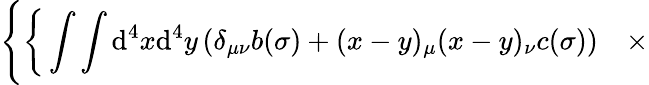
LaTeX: \Bigg\{ \bigg\{ \int\int\mathrm{d}^{4}x\mathrm{d}^{4}y\left(\delta_{\mu\nu}b(\sigma)+(x-y)_{\mu}(x-y)_{\nu}c(\sigma)\right)\quad\times